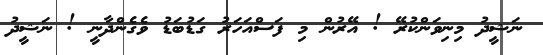
ނަޝީދު މިނިވަންކުރޭ ! އޭރުން މި ފަސްއަހަރު ގަޑުބަޑު ވެގެންދާނީ ! ނަޝީދު